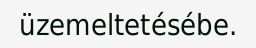
üzemeltetésébe.